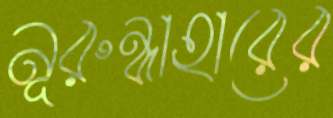
নূরুন্নাহারের